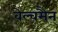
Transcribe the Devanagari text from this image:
वेल्चमैन